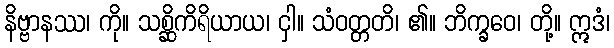
နိဗ္ဗာနဿ၊ ကို။ သစ္ဆိကိရိယာယ၊ ငှါ။ သံဝတ္တတိ၊ ၏။ ဘိက္ခဝေ၊ တို့။ ဣဒံ၊